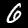
Digit: 6